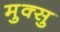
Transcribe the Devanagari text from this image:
मुक्सु